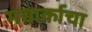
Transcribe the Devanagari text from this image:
मद्यार्काचा